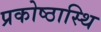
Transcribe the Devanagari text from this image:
प्रकोष्ठास्थि